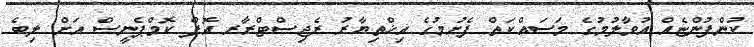
ކުންފުންޏެއް އުވާލުމުގެ މަސައްކަތް ފެށުމުގެ އިޚްތިޔާރު ރެޖިސްޓްރާރ އޮފް ކޮމްޕެނީސް އަށް ލިބެ